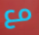
مع